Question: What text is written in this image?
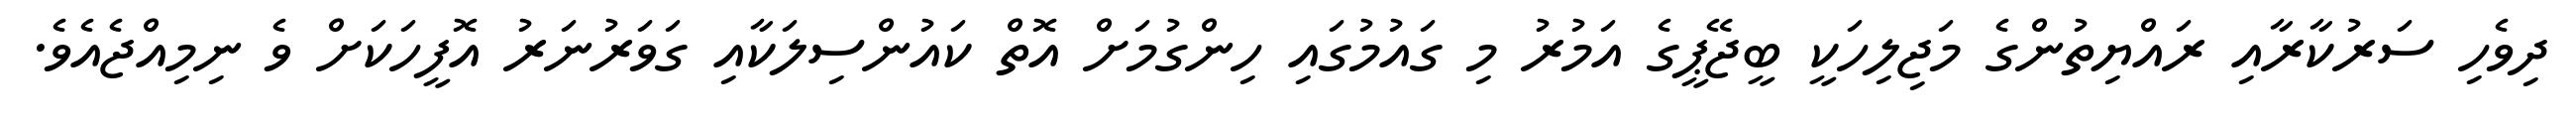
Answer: ދިވެހި ސަރުކާރާއި ރައްޔިތުންގެ މަޖިލިހަކީ ބީޖޭޕީގެ އަމުރު މި ގައުމުގައި ހިންގުމަށް އޮތް ކައުންސިލަކާއި ގަވަރުނަރު އޮފީހަކަށް ވެ ނިމިއްޖެއެވެ.